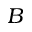
B